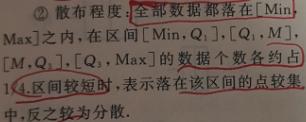
$\textcircled{2}$ 散布程度：全部数据都落在$[\text{Min},\text{Max}]$之内，在区间$[\text{Min},Q_1]$、$[Q_1,M]$、$[M,Q_3]$、$[Q_3,\text{Max}]$的数据个数各约占$\frac{1}{4}$,区间较为分散，表示落在该区间的点较集中，反之较为分散.